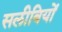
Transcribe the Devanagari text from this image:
सलीबियों